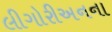
લીગોરીઅનના